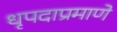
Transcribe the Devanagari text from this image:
धृपदाप्रमाणे